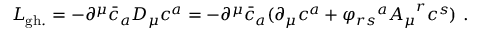
{ \cal { L } } _ { \mathrm { g h . } } = - { \partial } ^ { \mu } { \bar { c } } _ { a } D _ { \mu } { c ^ { a } } = - { \partial } ^ { \mu } { \bar { c } } _ { a } ( { \partial } _ { \mu } c ^ { a } + { \varphi _ { r s } } ^ { a } { A _ { \mu } } ^ { r } { c ^ { s } } ) ~ .